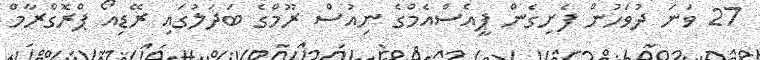
27 ވަނަ ދުވަހުން ފެށިގެން ޕީއެސްއެމްގެ ނިއުސް ރޫމްގެ ބަދަލުގައި ރޭޑިއޯ ޕްރޮގްރާމް